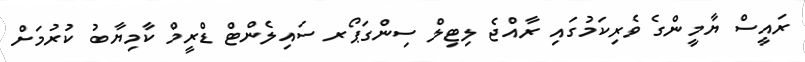
ރައީސް ޔާމީންގެ ވެރިކަމުގައި ރާއްޖެ ލިޓިލް ސިންގަޕޯރ ސައިލެންޓް ޑްރީމް ކާމިޔާބު ކުރުމަށް